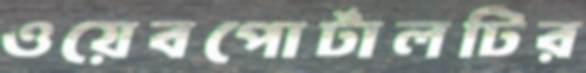
ওয়েবপোর্টালটির